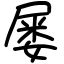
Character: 屡